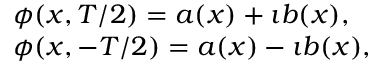
\begin{array} { l } { { \phi ( x , T / 2 ) = a ( x ) + \imath b ( x ) , \nonumber } } \\ { { \phi ( x , - T / 2 ) = a ( x ) - \imath b ( x ) , } } \end{array}